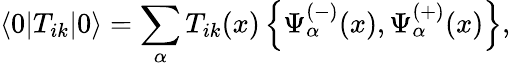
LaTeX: \langle 0\vert T_{ik}\vert 0\rangle=\sum_{\alpha}T_{ik}(x)\left\{ \Psi_{\alpha}^{(-)}(x),\Psi_{\alpha}^{(+)}(x)\right\} ,